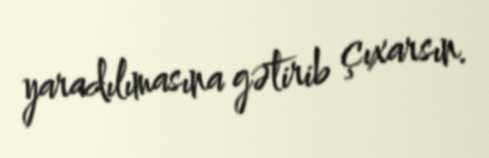
yaradılımasına gətirib çıxarsın.